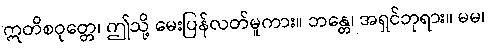
ဣတိစဝုတ္တေ၊ ဤသို့ မေးပြန်လတ်မူကား။ ဘန္တေ၊ အရှင်ဘုရား။ မမ၊